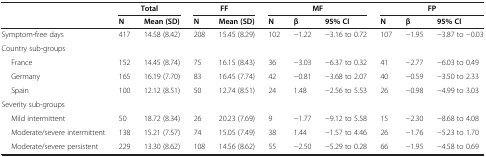
<table><thead><tr><td><b> </b></td><td colspan="2"><b>Total</b></td><td colspan="2"><b>FF</b></td><td colspan="3"><b>MF</b></td><td colspan="3"><b>FP</b></td></tr><tr><td><b> </b></td><td><b>N</b></td><td><b>Mean (SD)</b></td><td><b>N</b></td><td><b>Mean (SD)</b></td><td><b>N</b></td><td><b>β</b></td><td><b>95% CI</b></td><td><b>N</b></td><td><b>β</b></td><td><b>95% CI</b></td></tr></thead><tbody><tr><td>Symptom-free days</td><td>417</td><td>14.58 (8.42)</td><td>208</td><td>15.45 (8.29)</td><td>102</td><td>−1.22</td><td>−3.16 to 0.72</td><td>107</td><td>−1.95</td><td>−3.87 to −0.03</td></tr><tr><td>Country sub-groups</td><td> </td><td> </td><td> </td><td> </td><td> </td><td> </td><td> </td><td> </td><td> </td><td> </td></tr><tr><td>France</td><td>152</td><td>14.45 (8.74)</td><td>75</td><td>16.15 (8.43)</td><td>36</td><td>−3.03</td><td>−6.37 to 0.32</td><td>41</td><td>−2.77</td><td>−6.03 to 0.49</td></tr><tr><td>Germany</td><td>165</td><td>16.19 (7.70)</td><td>83</td><td>16.45 (7.74)</td><td>42</td><td>−0.81</td><td>−3.68 to 2.07</td><td>40</td><td>−0.59</td><td>−3.50 to 2.33</td></tr><tr><td>Spain</td><td>100</td><td>12.12 (8.51)</td><td>50</td><td>12.74 (8.51)</td><td>24</td><td>1.48</td><td>−2.56 to 5.53</td><td>26</td><td>−0.98</td><td>−4.99 to 3.03</td></tr><tr><td>Severity sub-groups</td><td> </td><td> </td><td> </td><td> </td><td> </td><td> </td><td> </td><td> </td><td> </td><td> </td></tr><tr><td>Mild intermittent</td><td>50</td><td>18.72 (8.34)</td><td>26</td><td>20.23 (7.69)</td><td>9</td><td>−1.77</td><td>−9.12 to 5.58</td><td>15</td><td>−2.30</td><td>−8.68 to 4.08</td></tr><tr><td>Moderate/severe intermittent</td><td>138</td><td>15.21 (7.57)</td><td>74</td><td>15.05 (7.49)</td><td>38</td><td>1.44</td><td>−1.57 to 4.46</td><td>26</td><td>−1.76</td><td>−5.23 to 1.70</td></tr><tr><td>Moderate/severe persistent</td><td>229</td><td>13.30 (8.62)</td><td>108</td><td>14.56 (8.62)</td><td>55</td><td>−2.50</td><td>−5.29 to 0.28</td><td>66</td><td>−1.95</td><td>−4.58 to 0.69</td></tr></tbody></table>